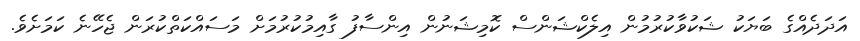
އަދަދެއްގެ ބަޔަކު ޝަކުވާކުރުމުން އިލެކްޝަންސް ކޮމިޝަނުން އިންސާފު ގާއިމުކުރުމަށް މަސައްކަތްކުރަން ޖެހޭނެ ކަމަށެވެ.